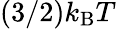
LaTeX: (3/2)k_{\mathrm{B}}T